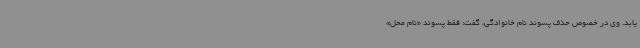
یابد. وی در خصوص حذف پسوند نام خانوادگی، گفت: فقط پسوند «نام محل»